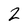
Character: 2